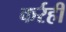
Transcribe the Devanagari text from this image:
कर्रही